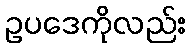
ဥပဒေကိုလည်း